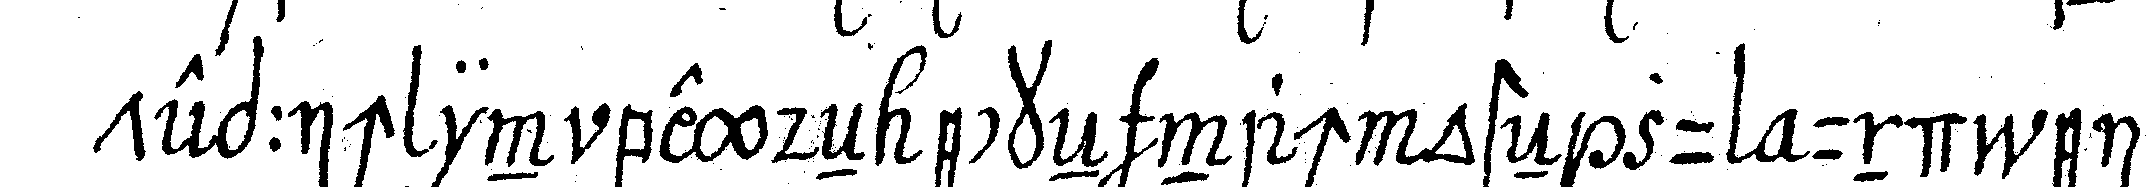
teppich in beydeN eckeN nach osteN zu und ein